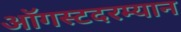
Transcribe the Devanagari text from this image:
ऑगस्टदरम्यान